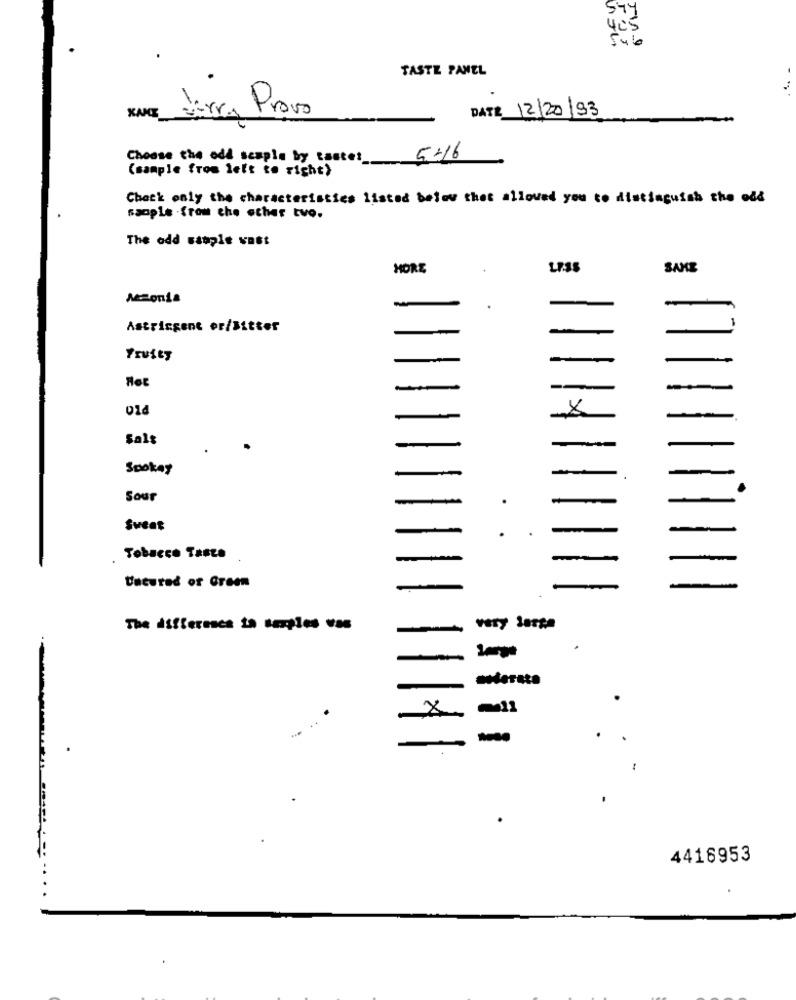
Sty
405
1 .. 9
TASTE PANEL
Provo
DATE 12/20/93
KANE
Choose the odd scaple by tastes_
5:16
(sample from left to right)
Check only the characteristics listed below that allowed you to distinguish the old
sample .from the other tvo.
The odd satple vast
HORE
SAKE
Amonia
Astringent er/Bitter
-
Sals
Spokay
Sour
Sweet
-
Tobacco Tante
Uncured of Green
The difference ta samples -os
-
-
x
4416953